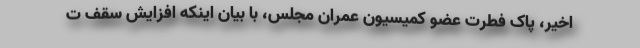
اخیر، پاک فطرت عضو کمیسیون عمران مجلس، با بیان اینکه افزایش سقف ت